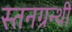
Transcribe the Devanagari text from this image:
स्तनग्रन्थी